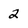
Character: 2